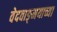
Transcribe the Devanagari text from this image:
वेदवाङ्‌मयाच्या